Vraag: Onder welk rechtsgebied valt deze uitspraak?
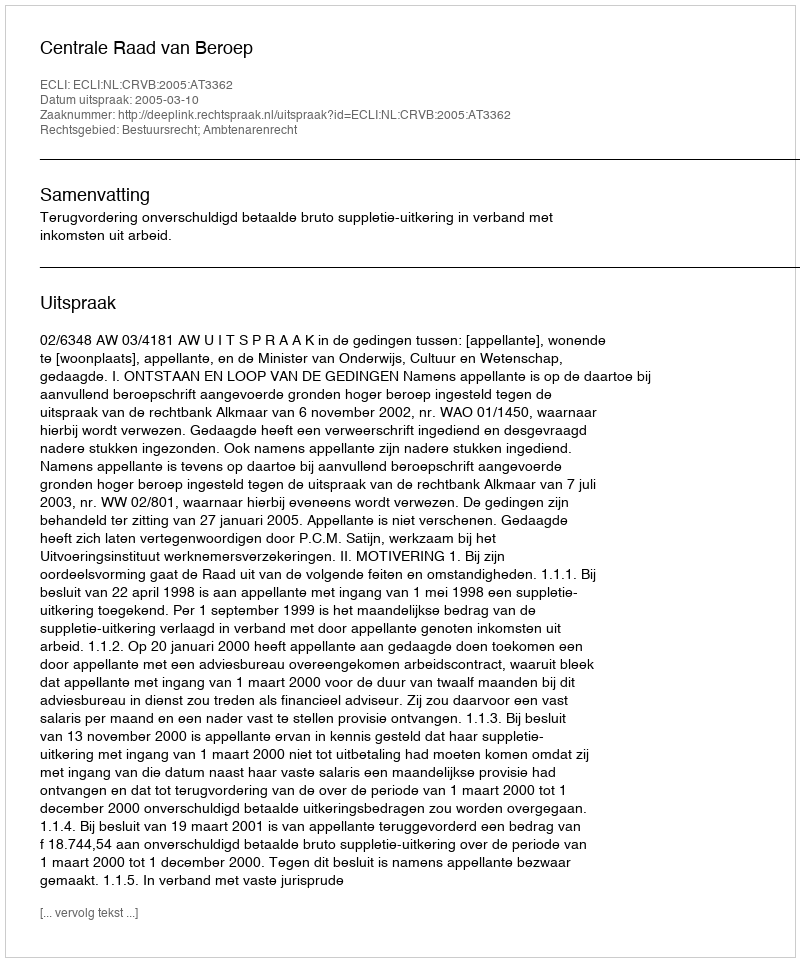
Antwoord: Bestuursrecht; Ambtenarenrecht